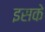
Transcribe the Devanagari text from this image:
इसके